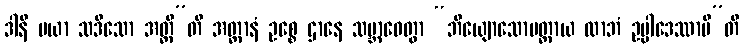
ဒါနိ မယာ သဒိသော အတ္ထီ”တိ အတ္တာနံ ဥစ္စေ ဌာနေ သမ္ဘာဝေတွာ “ဘိယျောသောမတ္တာယ လာဘံ ဥပ္ပါဒေဿာမီ”တိ